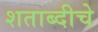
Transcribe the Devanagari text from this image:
शताब्दीचे